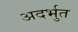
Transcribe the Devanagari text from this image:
अदर्भुत